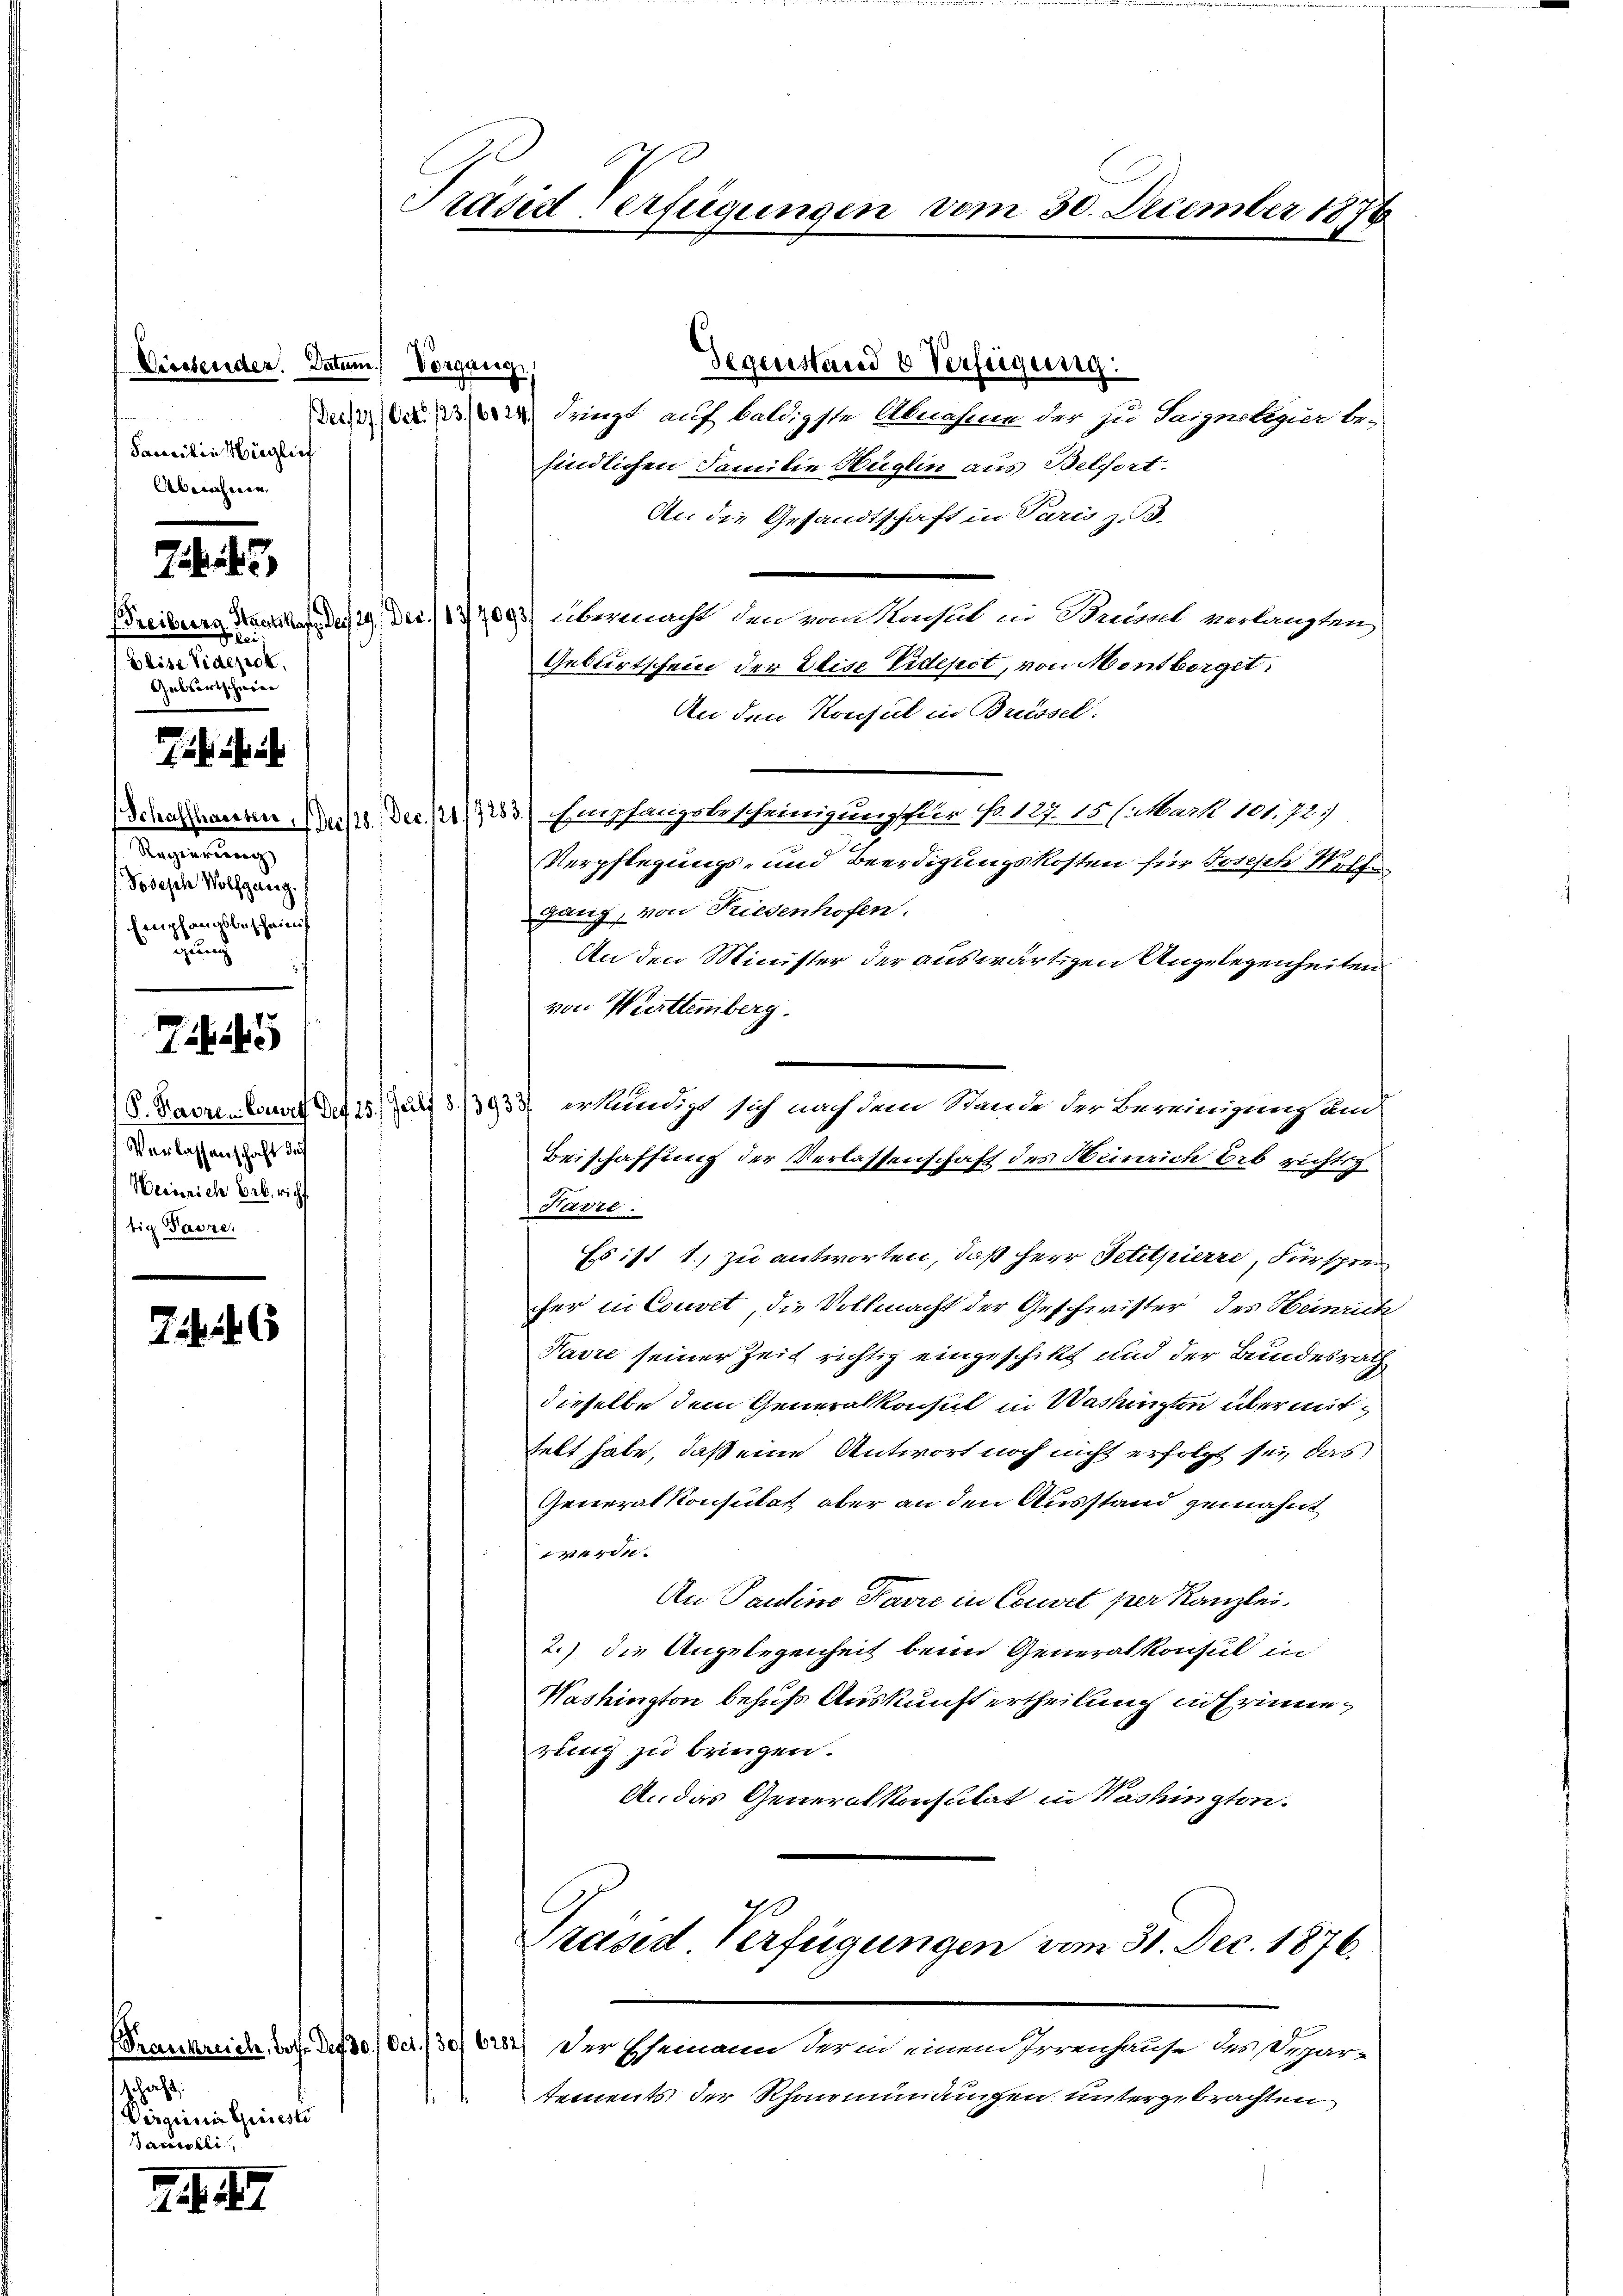
Diessenden. Datum Vorgang
Familie Hüglich
Überechnen.

43

a
Blise Videck,
Gebsortschneer

eh ich i
Regierung
Jobesche Wolfgang.
Empfangsbescheinig
Grund

7145

Verlassenschaft des
Weinrich Brb. richt
tig Favre,

76

schaft
Virgina Grieste
acereli

2 . 417.

Präsid Verfügungen vom 30. December 1876

Gegenstand 8 Verfeigung:
D da dringt auf baldigste Abnahme der zu Saignelegier be-
findlichen Familie Hüglin aus Belfort.
An die Gesandtschaft in Paris z. B.
Freiburg Staatstraf, da 29) Dec. 1837093) übermacht unnd vom Konsul in Brunt verlangten)
Geburtschein der Elise Videpot, von Montborget
An den Konsul in Brissel.
Schaffhausen der Dec. 11/923.) Empfangsbescheinigung für No. 127. 15. /. Mart. 181.72)
Verpflegungs- und Beerdigungskosten für Joseph Neffe
ganz, von Riedenhofen.
An den Minister der auswärtigen Angelegenheiten
von Württemberg.
Beischaffung der Verlassenschaft des Heinrich bis richtig
Hadre.
Es ist 1.) zu antworten, daß Herr Petitpierre, Fürsprei
her in Couvet, die Vollmacht der Geschwister des Heinrich
Favre seiner Zeit richtig eingeschikt und der Bundesrath
dieselbe dem Generalkonsul in Washinzten übermittelt habe, daß eine Antwort noch nicht erfolgt sei, das
Generalkonsulat aber an den Ausstand gemahnt
werde.
An Paulino Karre in Couvet per Kanzlei.
2.) die Angelegenheit beim Generalkonsul in
Washington behufs Auskunft ertheilung in Erinnerung zu bringen.
A. das Generalkonsulat in Washingten.
Präsid Verfügungen vom 31. Dec. 1876.
Frankreich, das des 30. Oct. 130/6282) Der Ehemann darud einen Irrenhause bestiar-
tements der Rhonmündungen untergebrachten

(8. Baere. Laut des 15. Jul 8./3933 erkundigt sich nach dem Stande der Bereinigung und